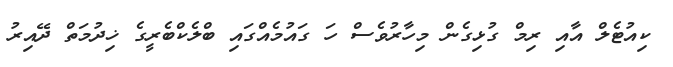
ކިއުޓެލް އާއި ރިމް ގުޅިގެން މިހާރުވެސް ހަ ގައުމެއްގައި ބްލެކްބެރީގެ ޚިދުމަތް ދޭއިރު